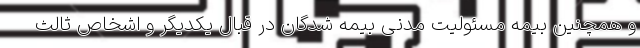
و همچنین بیمه مسئولیت مدنی بیمه شدگان در قبال یکدیگر و اشخاص ثالث